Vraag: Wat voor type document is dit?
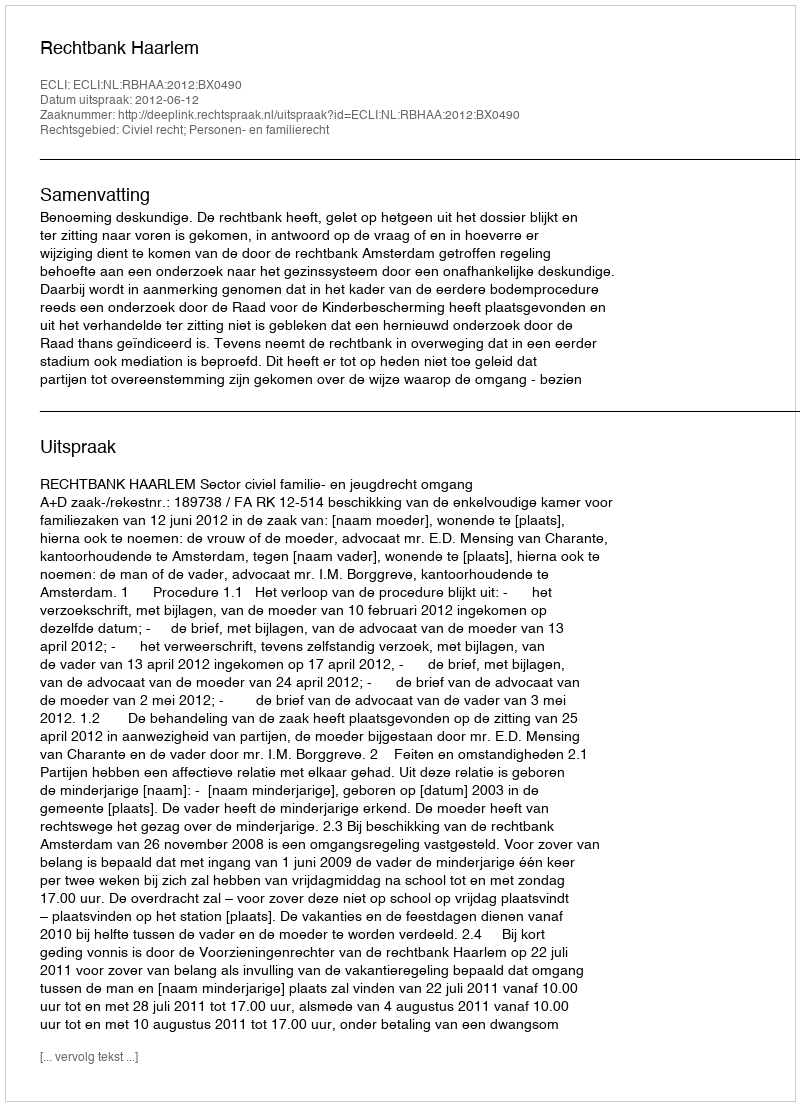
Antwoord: Uitspraak